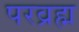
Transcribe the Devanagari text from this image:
परव्रह्म